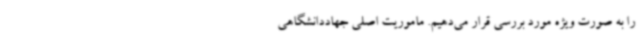
را به صورت ویژه مورد بررسی قرار می‌دهیم. ماموریت اصلی جهاددانشگاهی